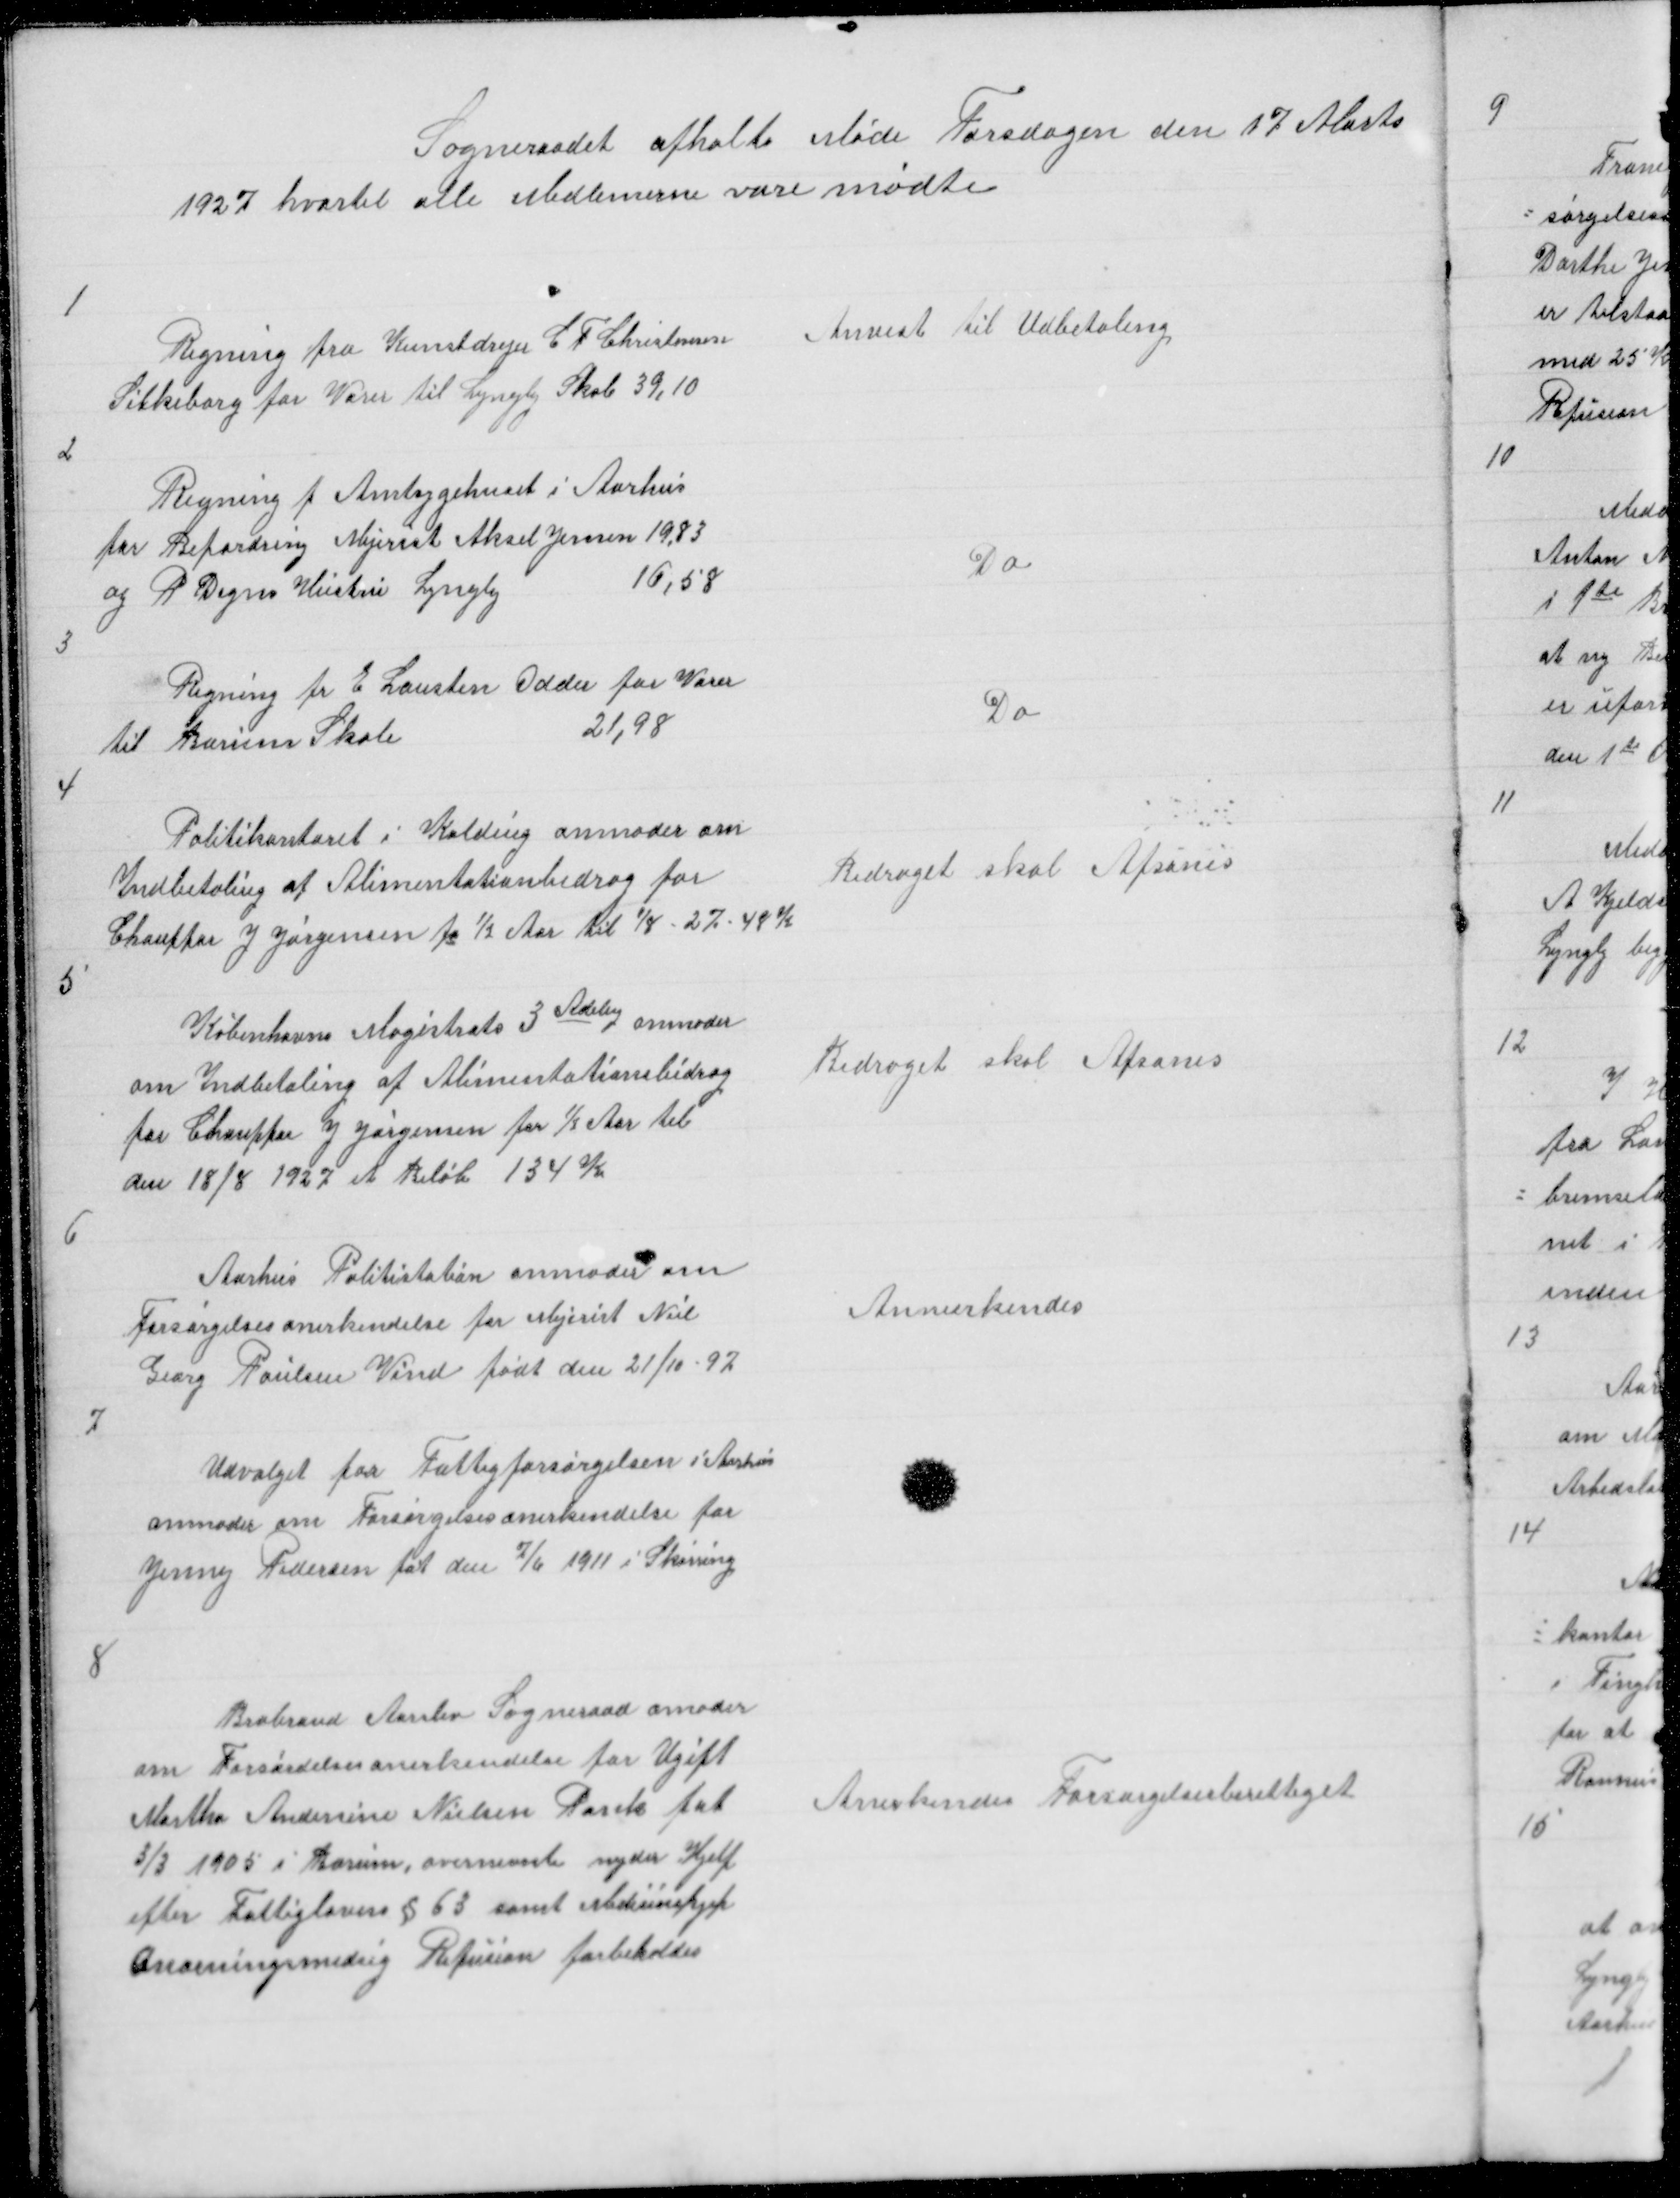
Transskription:
Sogneraadet afholte Møde Torsdagen den 17 Marts
1927 hvortil alle Medlemerne vare mødte

1

Regning fra Kunstdrejer C F Christensen
Silkeborg for Varer til Lyngby Skole 39,10

Anvist til Udbetaling

2

Regning f Amtsygehuset i Aarhus
for Befordring Mejerist Aksel Jensen 19,83
og R Degns Hustru Lyngby
16,58

Do

3

Regning fr E Lausten Odder for Varer
til Borum Skole
21,98

Do

4

Politikontoret i Kolding anmoder om
Indbetaling af Alimentationbidrag for
Chauffør J Jørgensen fo ½ Aar til 1/8 - 27 - 48 K

Bidraget skal Afsones

5

Københavns Magistrats 3 Adelig anmoder
om Indbetaling af Alimentationsbidrag
for Chauffør J Jørgensen for ½ Aar til
den 18/8 1927 et Beløb 134 Kr

Bidraget skal Afsones

6

Aarhus Politistation anmoder om
Forsørgelsesanerkendelse for Mejerist Niel
Georg Poulsen Vind født den 21/10 - 97

Annerkendes

7

Udvalget for Fattigforsørgelsen i Aarhus
anmoder om Forsørgelsesanerkendelse for
Jenny Pedersen føt den 7/6 1911 i Skørring

8

Brabrand Aarslev Sogneraad amoder
om Forsørdelsesanerkendelse for Ugift
Martha Andersine Nielsen Rank føt
3/3 1905 i Borum, ovennevnte nyder Hjelp
efter Fattiglovens § 63 samt Medicinshjelp
Anorningsmedsig Refusion forbeholdes

Anerkendes Forsørgelsesberettiget